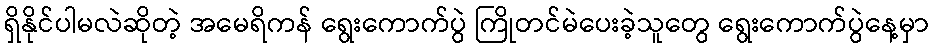
ရှိနိုင်ပါမလဲဆိုတဲ့ အမေရိကန် ရွေးကောက်ပွဲ ကြိုတင်မဲပေးခဲ့သူတွေ ရွေးကောက်ပွဲနေ့မှာ